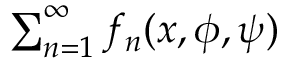
\textstyle { \sum _ { n = 1 } ^ { \infty } f _ { n } ( x , \phi , \psi ) }